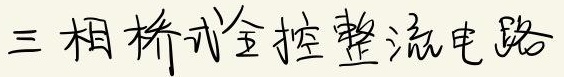
三相桥式全控整流电路